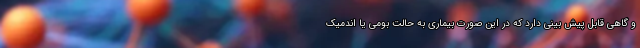
و گاهی قابل پیش بینی دارد که در این صورت بیماری به حالت بومی یا اندمیک